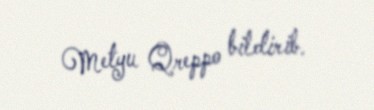
Metyu Qreppo bildirib.